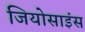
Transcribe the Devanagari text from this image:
जियोसाइंस